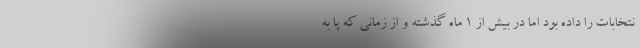
نتخابات را داده بود اما در بیش از 1 ماه گذشته و از زمانی که پا به